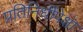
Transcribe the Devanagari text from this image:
प्रतिनिधींपेक्षा